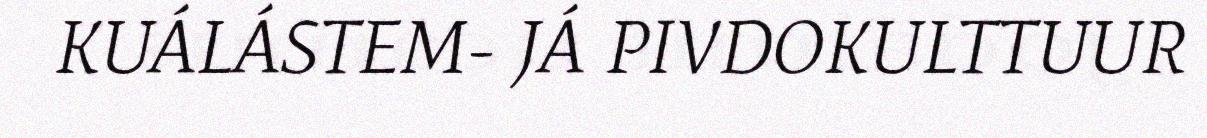
KUÁLÁSTEM- JÁ PIVDOKULTTUUR